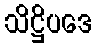
သိဋ္ဌိပဒေ